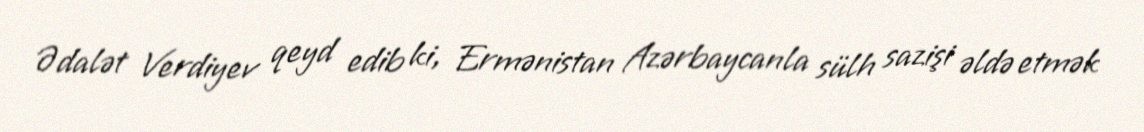
Ədalət Verdiyev qeyd edib ki, Ermənistan Azərbaycanla sülh sazişi əldə etmək